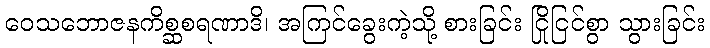
ဝေသဘောဇနကိစ္ဆစရဏာဒိ၊ အကြင်ခွေးကဲ့သို့ စားခြင်း ငြိုငြင်စွာ သွားခြင်း